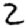
Digit: 2